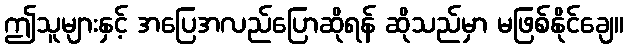
ဤသူများနှင့် အပြေအလည်ပြောဆိုရန် ဆိုသည်မှာ မဖြစ်နိုင်ချေ။